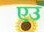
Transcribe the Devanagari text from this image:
एउ